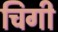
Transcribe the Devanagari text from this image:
चिगी